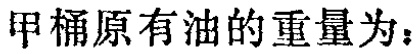
甲桶原有油的重量为：